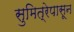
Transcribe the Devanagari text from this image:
सुमित्रेपासून